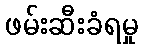
ဖမ်းဆီးခံရမှု